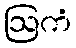
ဩကံ